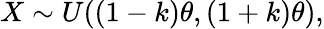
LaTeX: X\sim U((1-k)\theta,(1+k)\theta),